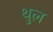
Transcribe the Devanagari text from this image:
थुल